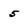
Character: 5